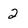
Character: 2